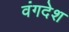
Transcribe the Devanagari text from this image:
वंगदेश